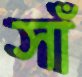
সাঁ